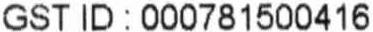
GST ID : 000781500416